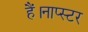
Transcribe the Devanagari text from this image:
हैं।नाप्स्टर